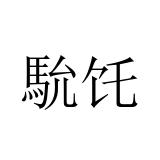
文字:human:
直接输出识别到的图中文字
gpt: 馻饦